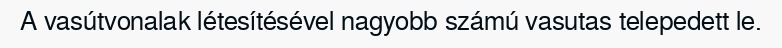
A vasútvonalak létesítésével nagyobb számú vasutas telepedett le.